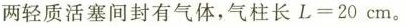
两轻质活塞间封有气体，气柱长L=20cm。